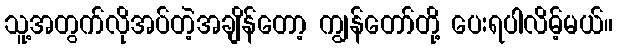
သူ့အတွက်လိုအပ်တဲ့အချိန်တော့ ကျွန်တော်တို့ ပေးရပါလိမ့်မယ်။